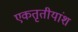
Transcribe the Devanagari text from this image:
एकतृतीयांश